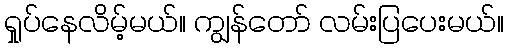
ရှုပ်နေလိမ့်မယ်။ ကျွန်တော် လမ်းပြပေးမယ်။